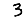
Digit: 3